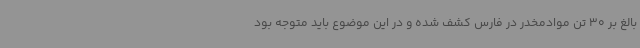
بالغ بر 30 تن موادمخدر در فارس کشف شده و در این موضوع باید متوجه بود